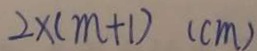
2 \times ( m + 1 ) ( c m )